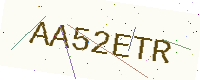
Text: AA52ETR